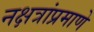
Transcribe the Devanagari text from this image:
नक्षत्रांप्रमाणे